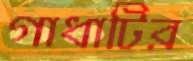
গাধাটির